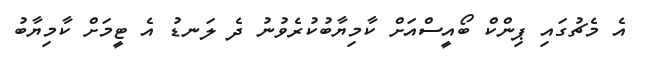
އެ މެޗުގައި ޕިންކް ބޯއީސްއަށް ކާމިޔާބުކުރެވުނު ދެ ލަނޑު އެ ޓީމަށް ކާމިޔާބު